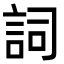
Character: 詞